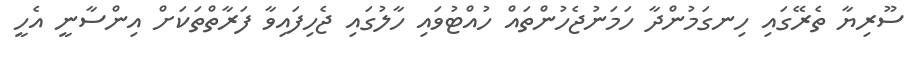
ސޫރިޔާ ތެރޭގައި ހިނގަމުންދާ ހަމަނުޖެހުންތައް ހުއްޓުވައި ހާލުގައި ޖެހިފައިވާ ފަރާތްތަކަށް އިންސާނީ އެހީ